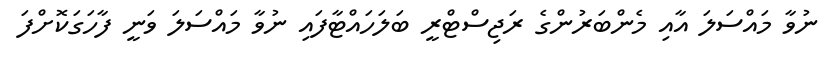
ނުވާ މައްސަލަ އާއި މެންބަރުންގެ ރަޖިސްޓްރީ ބަލަހައްޓާފައި ނުވާ މައްސަލަ ވަނީ ފާހަގަކޮށްފަ